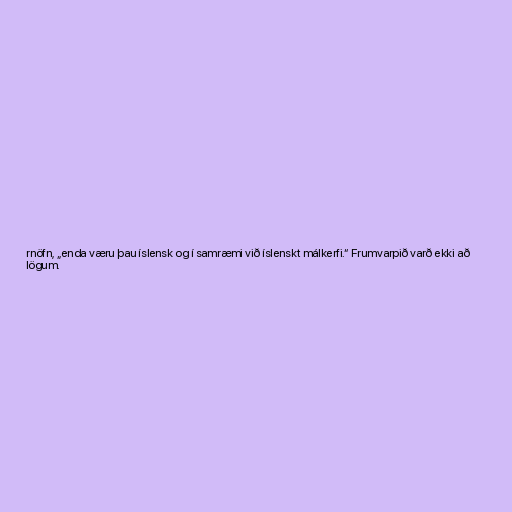
rnöfn, „enda væru þau íslensk og í samræmi við íslenskt málkerfi.“ Frumvarpið varð ekki að
lögum.